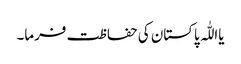
یااللّٰہ پاکستان کی حفاظت فرما۔